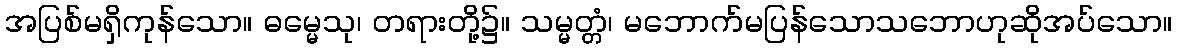
အပြစ်မရှိကုန်သော။ ဓမ္မေသု၊ တရားတို့၌။ သမ္မတ္တံ၊ မဘောက်မပြန်သောသဘောဟုဆိုအပ်သော။